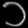
Digit: ၁